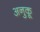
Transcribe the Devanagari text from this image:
अनुकू